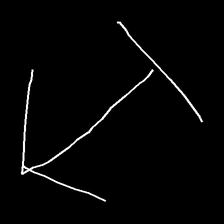
Glyph: levitation